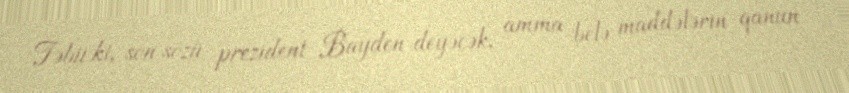
Təbii ki, son sözü prezident Bayden deyəcək, amma belə maddələrin qanun